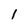
Character: 1